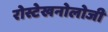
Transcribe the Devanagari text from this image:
रोस्टेखनोलोजी